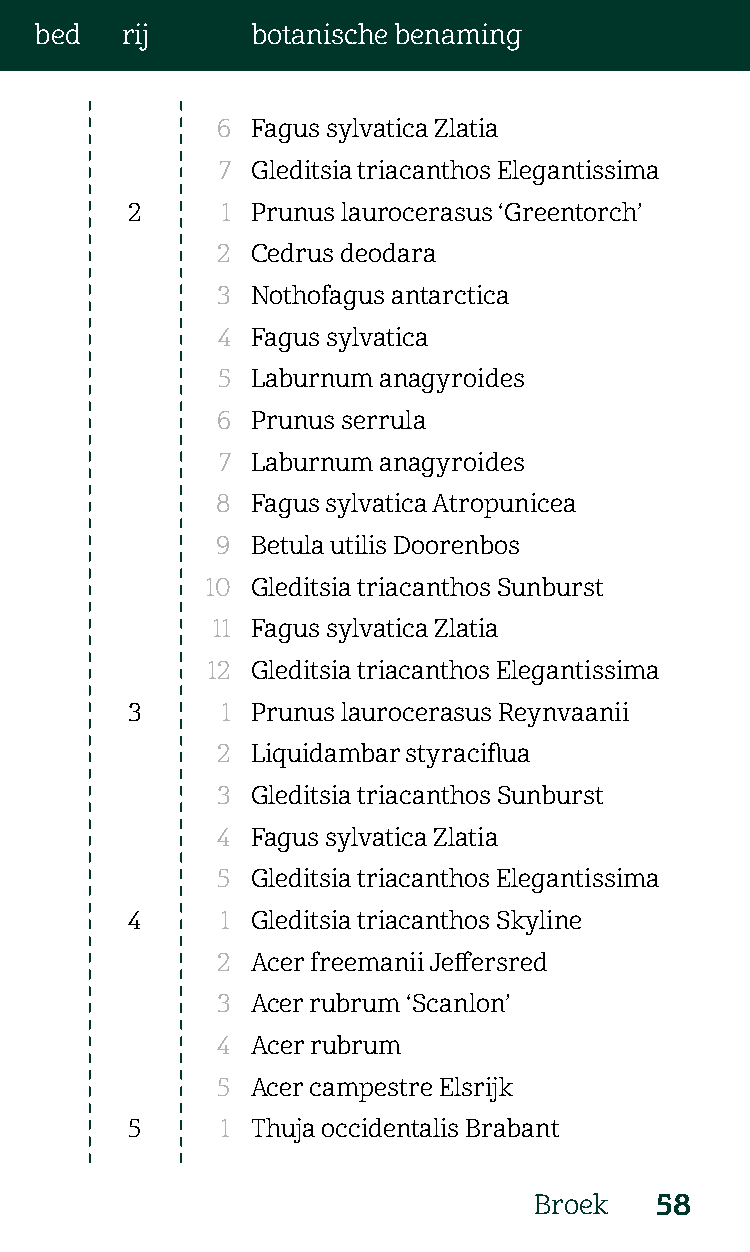
bed   rij      botanische benaming
 6  Fagus sylvatica Zlatia
 7  Gleditsia triacanthos Elegantissima
 2      1 Prunus laurocerasus ‘Greentorch’
 2  Cedrus deodara
 3  Nothofagus antarctica
 4  Fagus sylvatica
 5  Laburnum anagyroides
 6  Prunus serrula
 7  Laburnum anagyroides
 8  Fagus sylvatica Atropunicea
 9  Betula utilis Doorenbos
 10 Gleditsia triacanthos Sunburst
 11 Fagus sylvatica Zlatia
 12 Gleditsia triacanthos Elegantissima
 3      1 Prunus laurocerasus Reynvaanii
 2  Liquidambar styraciflua
 3  Gleditsia triacanthos Sunburst
 4  Fagus sylvatica Zlatia
 5  Gleditsia triacanthos Elegantissima
 4      1 Gleditsia triacanthos Skyline
 2  Acer freemanii Jeffersred
 3  Acer rubrum ‘Scanlon’
 4  Acer rubrum
 5  Acer campestre Elsrijk
 5      1 Thuja occidentalis Brabant
 Broek   58